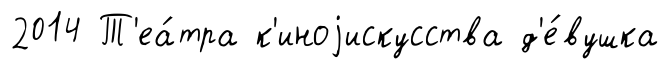
2014 Т'еа́тра к'иноjискусства д'е́вушка